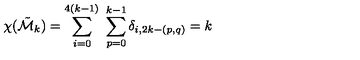
\chi ( \tilde { \cal M } _ { k } ) = \sum _ { i = 0 } ^ { 4 ( k - 1 ) } \ \sum _ { p = 0 } ^ { k - 1 } \delta _ { i , 2 k - ( p , q ) } = k